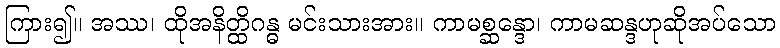
ကြား၍။ အဿ၊ ထိုအနိတ္ထိဂန္ဓ မင်းသားအား။ ကာမစ္ဆန္ဒော၊ ကာမဆန္ဒဟုဆိုအပ်သော